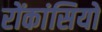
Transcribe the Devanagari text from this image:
रोंकांसियो